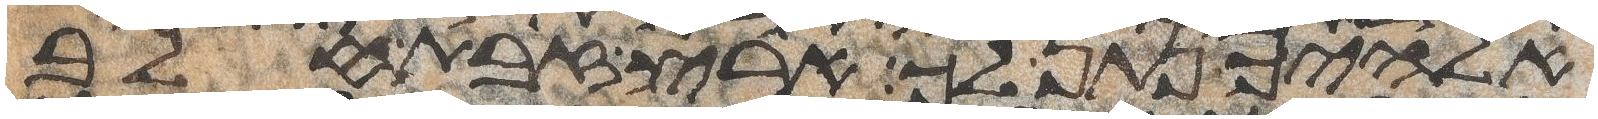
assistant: אלהיך נתן לך ארץ זבת חלב